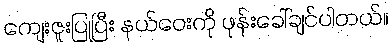
ကျေးဇူးပြုပြီး နယ်ဝေးကို ဖုန်းခေါ်ချင်ပါတယ်။